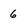
Character: 6